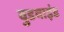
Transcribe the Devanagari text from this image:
वुडवाइंड